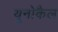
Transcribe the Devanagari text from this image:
यूनोकैल